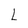
Character: L